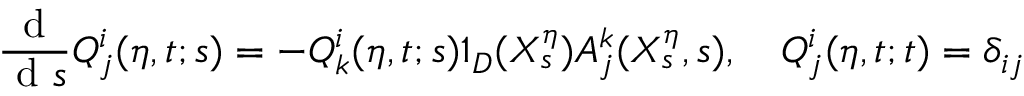
\frac { \textrm { d } } { \textrm { d } s } Q _ { j } ^ { i } ( \eta , t ; s ) = - Q _ { k } ^ { i } ( \eta , t ; s ) 1 _ { D } ( X _ { s } ^ { \eta } ) A _ { j } ^ { k } ( X _ { s } ^ { \eta } , s ) , \quad Q _ { j } ^ { i } ( \eta , t ; t ) = \delta _ { i j }